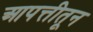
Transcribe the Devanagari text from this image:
आपत्तीतून